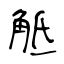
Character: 觝